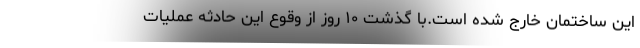
این ساختمان خارج شده است.با گذشت ۱۰ روز از وقوع این حادثه عملیات